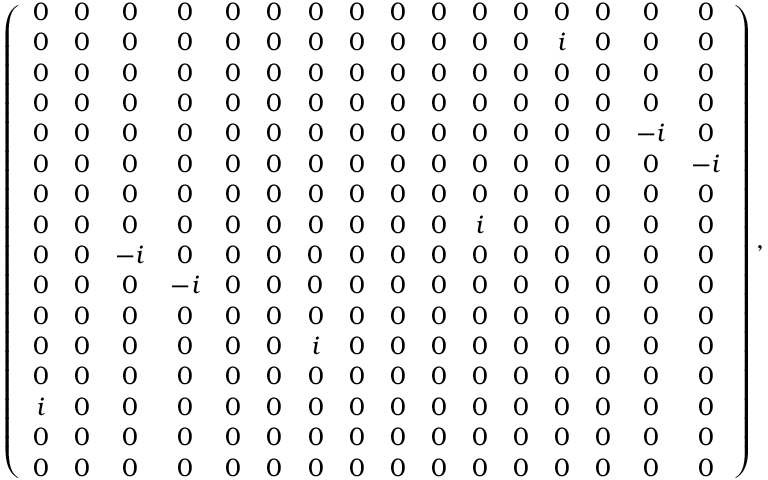
\left( \begin{array} { c c c c c c c c c c c c c c c c } { { 0 } } & { { 0 } } & { { 0 } } & { { 0 } } & { { 0 } } & { { 0 } } & { { 0 } } & { { 0 } } & { { 0 } } & { { 0 } } & { { 0 } } & { { 0 } } & { { 0 } } & { { 0 } } & { { 0 } } & { { 0 } } \\ { { 0 } } & { { 0 } } & { { 0 } } & { { 0 } } & { { 0 } } & { { 0 } } & { { 0 } } & { { 0 } } & { { 0 } } & { { 0 } } & { { 0 } } & { { 0 } } & { { i } } & { { 0 } } & { { 0 } } & { { 0 } } \\ { { 0 } } & { { 0 } } & { { 0 } } & { { 0 } } & { { 0 } } & { { 0 } } & { { 0 } } & { { 0 } } & { { 0 } } & { { 0 } } & { { 0 } } & { { 0 } } & { { 0 } } & { { 0 } } & { { 0 } } & { { 0 } } \\ { { 0 } } & { { 0 } } & { { 0 } } & { { 0 } } & { { 0 } } & { { 0 } } & { { 0 } } & { { 0 } } & { { 0 } } & { { 0 } } & { { 0 } } & { { 0 } } & { { 0 } } & { { 0 } } & { { 0 } } & { { 0 } } \\ { { 0 } } & { { 0 } } & { { 0 } } & { { 0 } } & { { 0 } } & { { 0 } } & { { 0 } } & { { 0 } } & { { 0 } } & { { 0 } } & { { 0 } } & { { 0 } } & { { 0 } } & { { 0 } } & { { - i } } & { { 0 } } \\ { { 0 } } & { { 0 } } & { { 0 } } & { { 0 } } & { { 0 } } & { { 0 } } & { { 0 } } & { { 0 } } & { { 0 } } & { { 0 } } & { { 0 } } & { { 0 } } & { { 0 } } & { { 0 } } & { { 0 } } & { { - i } } \\ { { 0 } } & { { 0 } } & { { 0 } } & { { 0 } } & { { 0 } } & { { 0 } } & { { 0 } } & { { 0 } } & { { 0 } } & { { 0 } } & { { 0 } } & { { 0 } } & { { 0 } } & { { 0 } } & { { 0 } } & { { 0 } } \\ { { 0 } } & { { 0 } } & { { 0 } } & { { 0 } } & { { 0 } } & { { 0 } } & { { 0 } } & { { 0 } } & { { 0 } } & { { 0 } } & { { i } } & { { 0 } } & { { 0 } } & { { 0 } } & { { 0 } } & { { 0 } } \\ { { 0 } } & { { 0 } } & { { - i } } & { { 0 } } & { { 0 } } & { { 0 } } & { { 0 } } & { { 0 } } & { { 0 } } & { { 0 } } & { { 0 } } & { { 0 } } & { { 0 } } & { { 0 } } & { { 0 } } & { { 0 } } \\ { { 0 } } & { { 0 } } & { { 0 } } & { { - i } } & { { 0 } } & { { 0 } } & { { 0 } } & { { 0 } } & { { 0 } } & { { 0 } } & { { 0 } } & { { 0 } } & { { 0 } } & { { 0 } } & { { 0 } } & { { 0 } } \\ { { 0 } } & { { 0 } } & { { 0 } } & { { 0 } } & { { 0 } } & { { 0 } } & { { 0 } } & { { 0 } } & { { 0 } } & { { 0 } } & { { 0 } } & { { 0 } } & { { 0 } } & { { 0 } } & { { 0 } } & { { 0 } } \\ { { 0 } } & { { 0 } } & { { 0 } } & { { 0 } } & { { 0 } } & { { 0 } } & { { i } } & { { 0 } } & { { 0 } } & { { 0 } } & { { 0 } } & { { 0 } } & { { 0 } } & { { 0 } } & { { 0 } } & { { 0 } } \\ { { 0 } } & { { 0 } } & { { 0 } } & { { 0 } } & { { 0 } } & { { 0 } } & { { 0 } } & { { 0 } } & { { 0 } } & { { 0 } } & { { 0 } } & { { 0 } } & { { 0 } } & { { 0 } } & { { 0 } } & { { 0 } } \\ { { i } } & { { 0 } } & { { 0 } } & { { 0 } } & { { 0 } } & { { 0 } } & { { 0 } } & { { 0 } } & { { 0 } } & { { 0 } } & { { 0 } } & { { 0 } } & { { 0 } } & { { 0 } } & { { 0 } } & { { 0 } } \\ { { 0 } } & { { 0 } } & { { 0 } } & { { 0 } } & { { 0 } } & { { 0 } } & { { 0 } } & { { 0 } } & { { 0 } } & { { 0 } } & { { 0 } } & { { 0 } } & { { 0 } } & { { 0 } } & { { 0 } } & { { 0 } } \\ { { 0 } } & { { 0 } } & { { 0 } } & { { 0 } } & { { 0 } } & { { 0 } } & { { 0 } } & { { 0 } } & { { 0 } } & { { 0 } } & { { 0 } } & { { 0 } } & { { 0 } } & { { 0 } } & { { 0 } } & { { 0 } } \end{array} \right) ,